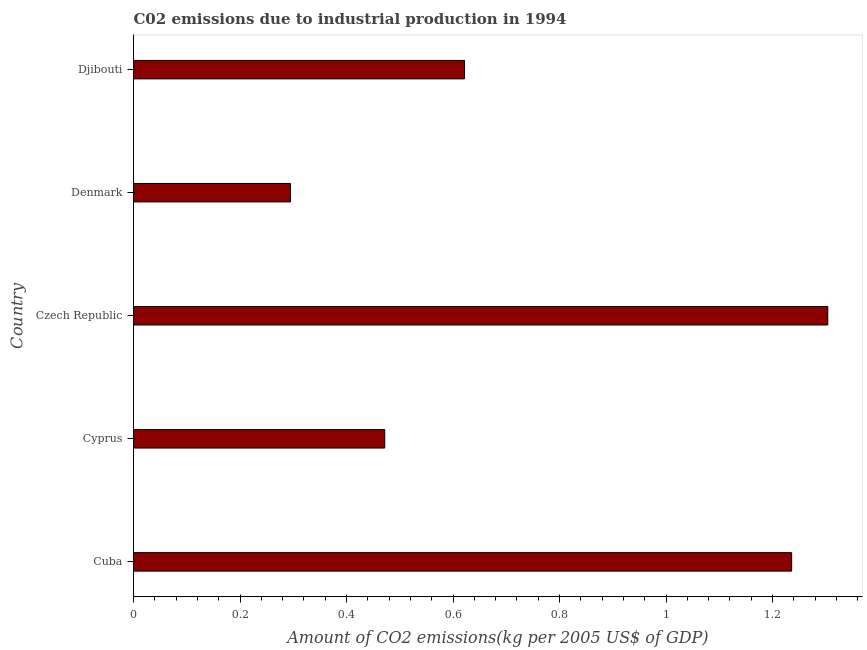
| Country | CO2 emissions  |
 | --- | --- |
 | Cuba | 1.24 |
 | Cyprus | 0.472 |
 | Czech Republic | 1.3 |
 | Denmark | 0.295 |
 | Djibouti | 0.622 |